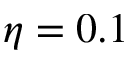
\eta = 0 . 1